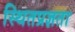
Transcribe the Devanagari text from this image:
स्थितप्रज्ञता